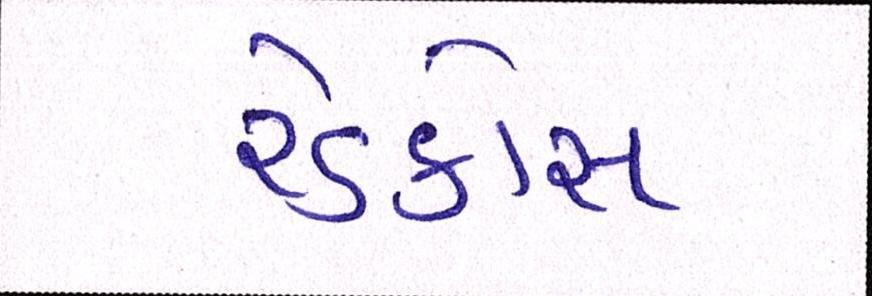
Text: રેડક્રોસ